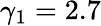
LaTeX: \gamma_{1}=2.7